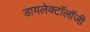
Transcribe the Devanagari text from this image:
डायलेक्टॉलॉजी